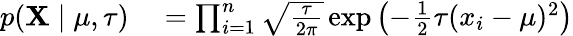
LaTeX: \begin{array}{rl}{p(\mathbf{X}\mid\mu,\tau)}&{{}=\prod_{i=1}^{n}{\sqrt{\frac{\tau}{2\pi}}}\exp\left(-{\frac{1}{2}}\tau(x_{i}-\mu)^{2}\right)}\end{array}